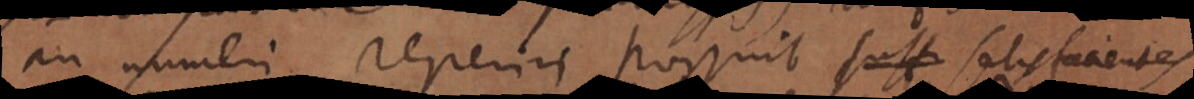
an numeri reperiri possint suffi satisfacientes